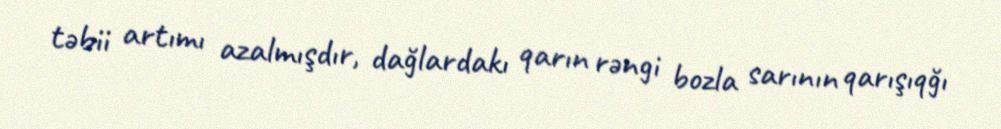
təbii artımı azalmışdır, dağlardakı qarın rəngi bozla sarının qarışıqğı